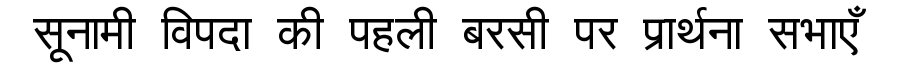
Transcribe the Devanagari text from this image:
सूनामी विपदा की पहली बरसी पर प्रार्थना सभाएँ